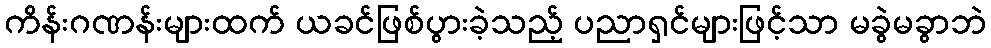
ကိန်းဂဏန်းများထက် ယခင်ဖြစ်ပွားခဲ့သည့် ပညာရှင်များဖြင့်သာ မခွဲမခွာဘဲ